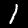
Label: 1